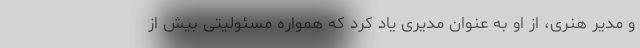
و مدیر هنری، از او به عنوان مدیری یاد کرد که همواره مسئولیتی بیش از